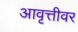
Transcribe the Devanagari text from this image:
आवृत्तीवर